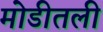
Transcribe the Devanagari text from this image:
मोडीतली